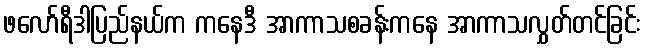
ဖလော်ရီဒါပြည်နယ်က ကနေဒီ အာကာသစခန်းကနေ အာကာသလွှတ်တင်ခြင်း